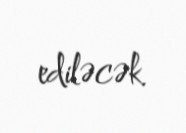
ediləcək.